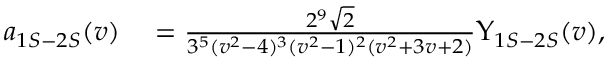
\begin{array} { r l } { a _ { 1 S - 2 S } ( v ) } & { { } = \frac { 2 ^ { 9 } \sqrt { 2 } } { 3 ^ { 5 } ( v ^ { 2 } - 4 ) ^ { 3 } ( v ^ { 2 } - 1 ) ^ { 2 } ( v ^ { 2 } + 3 v + 2 ) } \Upsilon _ { 1 S - 2 S } ( v ) , } \end{array}